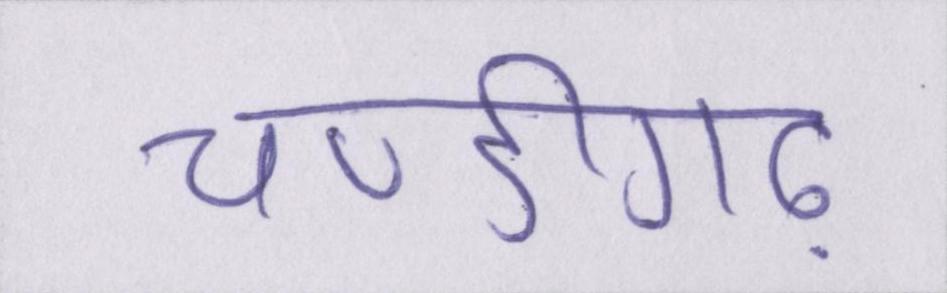
चण्डीगढ़